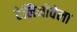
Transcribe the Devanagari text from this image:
टेलिनोवेला